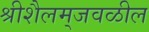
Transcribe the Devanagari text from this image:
श्रीशैलम्‌जवळील